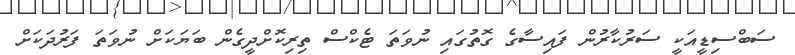
ސަބްސިޑީއަކީ ސަރުކާރުން ފައިސާގެ ގޮތުގައި ނުވަތަ ޓެކްސް ތިރިކޮށްދީގެން ބަޔަކަށް ނުވަތަ ފަރުދަކަށް